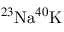
^ { 2 3 } \mathrm { N a } ^ { 4 0 } \mathrm { K }